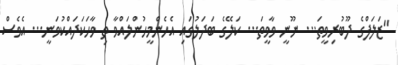
"ޒަލަފްގެ ދޫބުރިވީތަ... ނޫނީ ވާވީތަ... ކަލޭގެ ބަދަލުގައި އެހެންމީހުންލައްވާ ތި ވާހަކަދައްކުވަނީ... އެވެސް